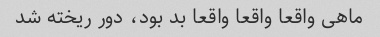
ماهی واقعا واقعا واقعا بد بود، دور ریخته شد